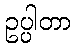
ဥပ္ပါတာ